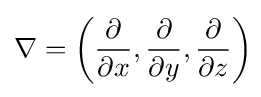
\nabla =\left({\frac {\partial }{\partial x}},{\frac {\partial }{\partial y}},{\frac {\partial }{\partial z}}\right)\!